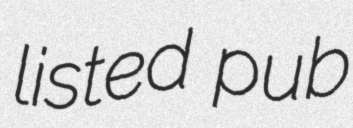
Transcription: listed pub